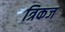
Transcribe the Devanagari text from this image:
त्रिकज